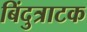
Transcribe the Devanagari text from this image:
बिंदुत्राटक